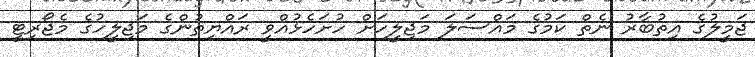
ޖަމީލުގެ އިތުބާރު ނެތް ކަމުގެ މައްސަލަ މަޖިލީހަށް ހުށަހެޅުއްވީ ރައްޔިތުންގެ މަޖިލީހުގެ މެޖޯރިޓީ